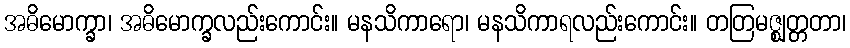
အဓိမောက္ခာ၊ အဓိမောက္ခလည်းကောင်း။ မနသိကာရော၊ မနသိကာရလည်းကောင်း။ တတြမဇ္ဈတ္တတာ၊